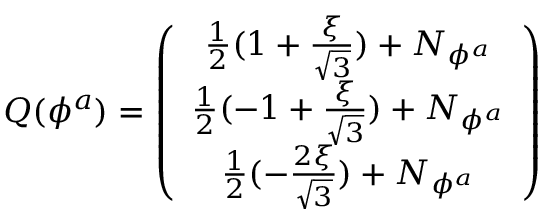
Q ( \phi ^ { a } ) = \left( \begin{array} { c } { { \frac { 1 } { 2 } ( 1 + \frac { \xi } { \sqrt 3 } ) + N _ { \phi ^ { a } } } } \\ { { \frac { 1 } { 2 } ( - 1 + \frac { \xi } { \sqrt 3 } ) + N _ { \phi ^ { a } } } } \\ { { \frac { 1 } { 2 } ( - \frac { 2 \xi } { \sqrt 3 } ) + N _ { \phi ^ { a } } } } \end{array} \right)